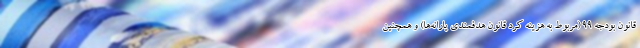
قانون بودجه ۹۹ (مربوط به هزینه کرد قانون هدفمندی یارانه‌ها) و همچنین